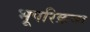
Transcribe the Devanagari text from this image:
भूपरिक्रमा